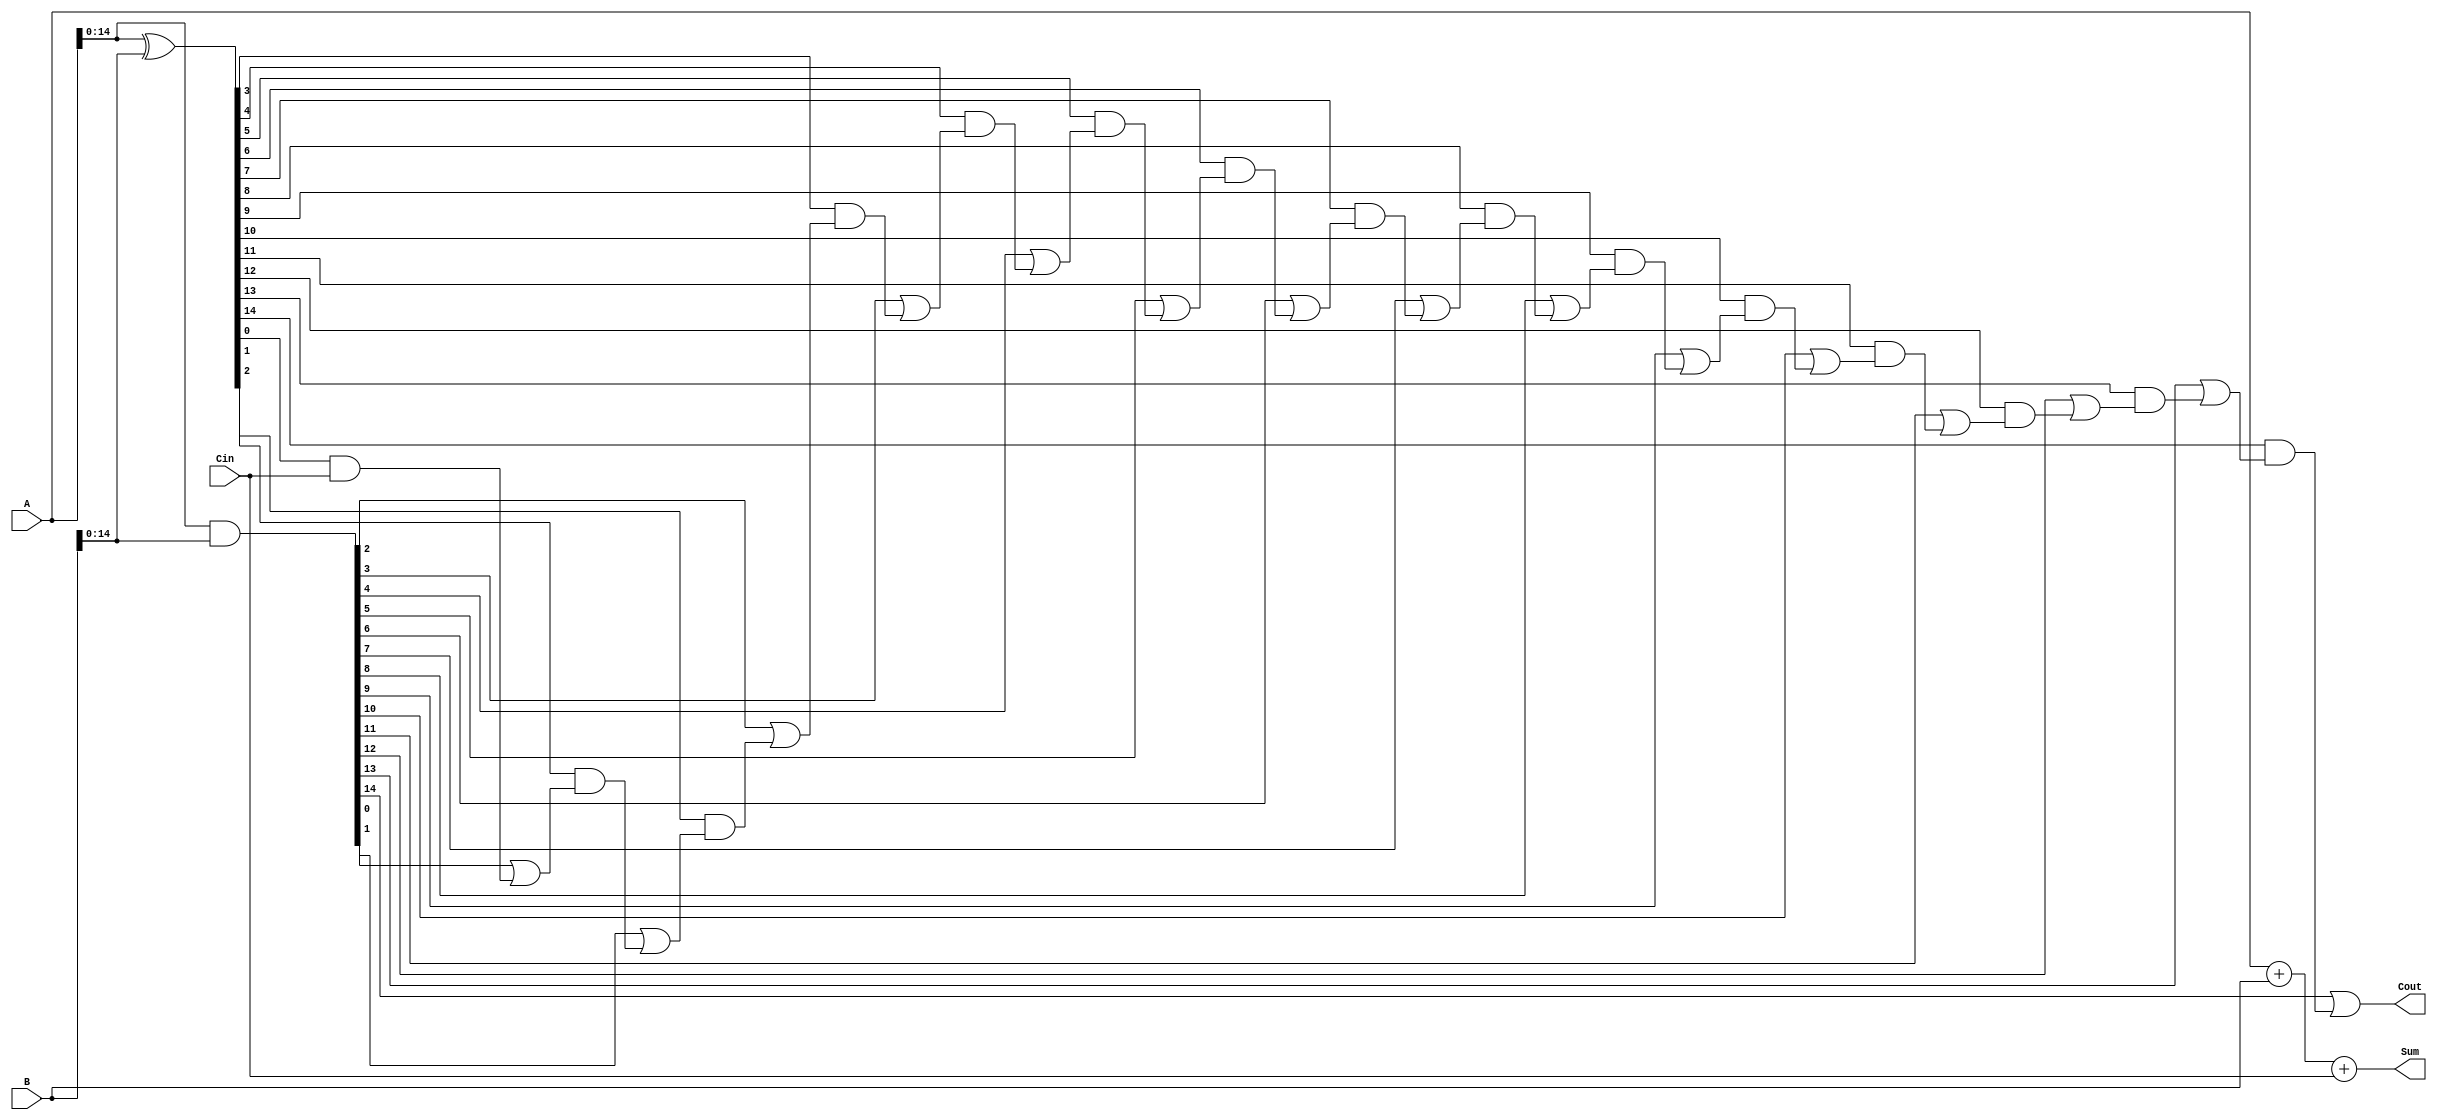
module carry_lookahead_adder (
    input [15:0] A,
    input [15:0] B,
    input Cin,
    output [15:0] Sum,
    output Cout
);

wire [15:0] P;
wire [15:0] G;

assign P = A ^ B;
assign G = A & B;

wire [15:0] C;

assign C[0] = Cin;

genvar i;

generate
    for (i = 1; i < 16; i = i+1) begin
        assign C[i] = G[i-1] | (P[i-1] & C[i-1]);
    end
endgenerate

assign Sum = A + B + Cin;
assign Cout = C[15];

endmodule